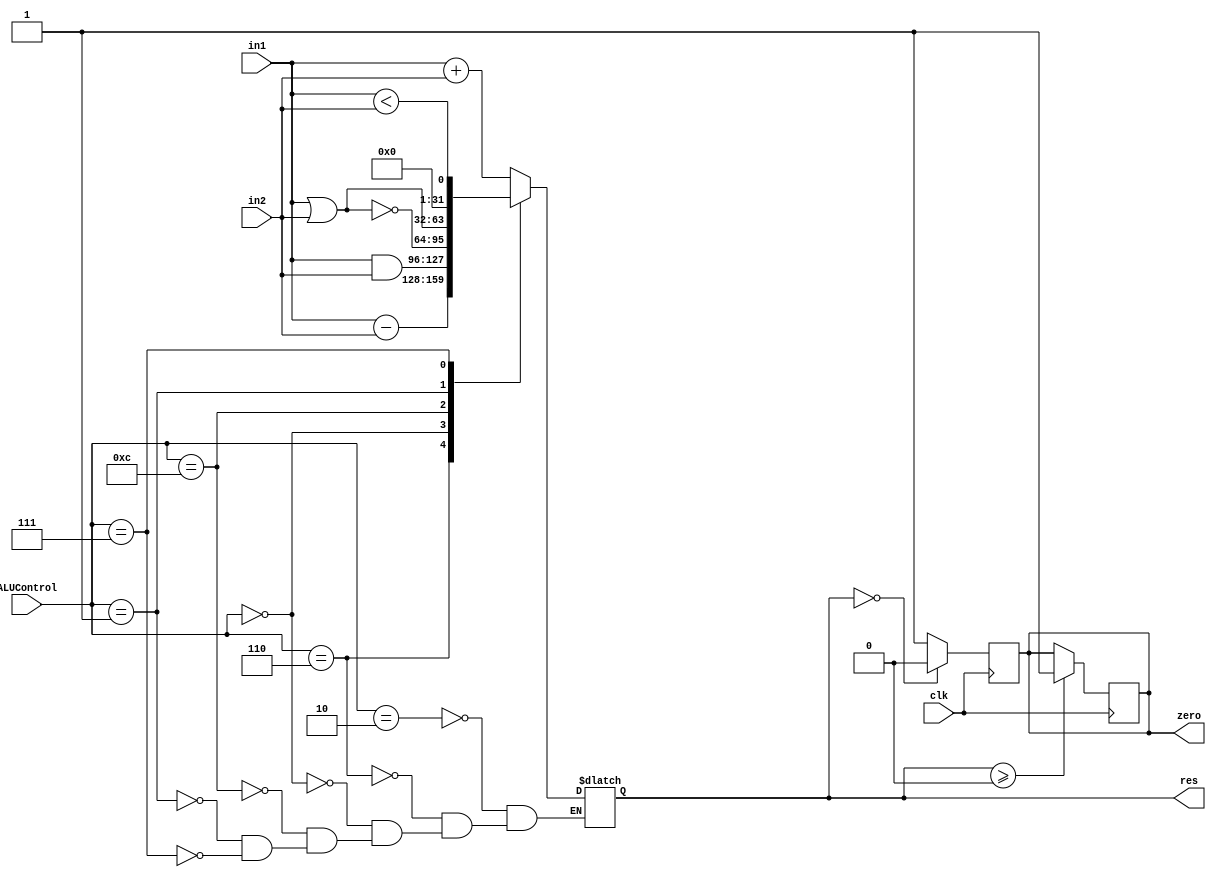
module alu(clk,in1, in2, ALUControl, res,zero);

input clk;
input [0:31] in1;
input [0:31] in2;
input [0:3] ALUControl;
output reg [0:31] res;
output reg zero;

always @(*)
begin
case (ALUControl)
	//mips instruction
	 4'b0010: res = in1 + in2; //add
	 4'b0110: res = in1 - in2; //sub
	 4'b0000: res = in1 & in2; //and
	 4'b1100: res = ~(in1 | in2); //nor
	 4'b0001: res = in1 | in2; //or
	 4'b0111: res = in1 < in2; //slt
endcase
end

always @(posedge clk)begin
	if (res == 0)
		zero = 1'b0;
	else
		zero = 1'b1;
end

always @(negedge clk)begin
	if (res >= 0)
		zero = 1'b1;
end
endmodule